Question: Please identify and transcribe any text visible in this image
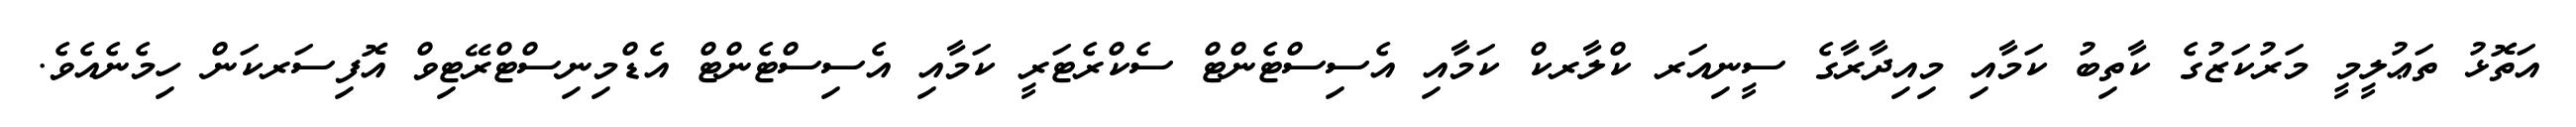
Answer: އަތޮޅު ތަޢުލީމީ މަރުކަޒުގެ ކާތިބު ކަމާއި މިއިދާރާގެ ސީނިއަރ ކްލާރކް ކަމާއި އެސިސްޓެންޓް ސެކްރެޓަރީ ކަމާއި އެސިސްޓެންޓް އެޑްމިނިސްޓްރޭޓިވް އޮފިސަރކަން ހިމެނެއެވެ.